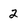
Character: 2